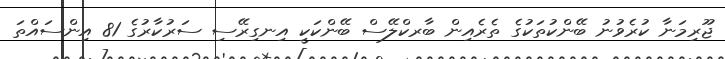
ޖޫރިމަނާ ކުރެވުނު ބޭންކުތަކުގެ ތެރެއިން ބާރކްލޭސް ބޭންކަކީ އިނގިރޭސި ސަރުކާރުގެ 81 އިންސައްތަ